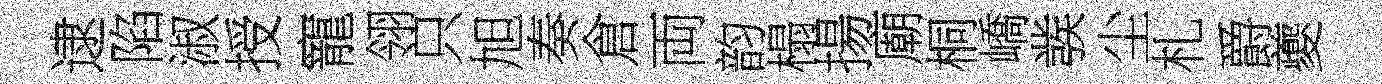
逮陷淑授寵翎只旭奏倉両韵榻揚廟桐嶠彂尘札爵夔